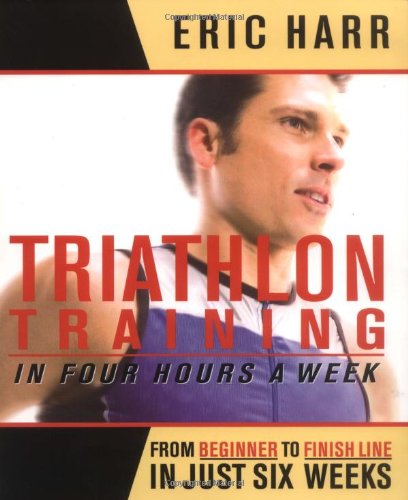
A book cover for Triathlon Training in Four Hours a Week; Eric Harr; Health, Fitness & Dieting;